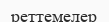
реттемелер